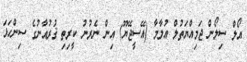
އޯލް ސިލޯން ޖަމިއްޔަތުލް އުލާމާ (އޭސީޖޭޔޫ) އިން ނެރުނު ކީރިތި ޤުރުއާނުގެ ސިންހަޅަ